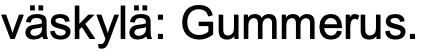
väskylä: Gummerus.